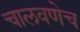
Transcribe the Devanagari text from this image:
चालवणेच